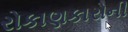
રોકાણકારોની